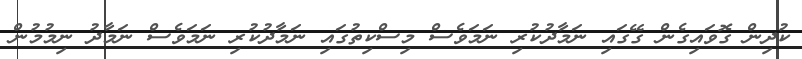
ކުދިން ގޮވައިގެން ގޭގައި ނަމާދުކުރި ނަމަވެސް މިސްކިތުގައި ނަމާދުކުރި ނަމަވެސް ނަމާދު ނިމުމުން